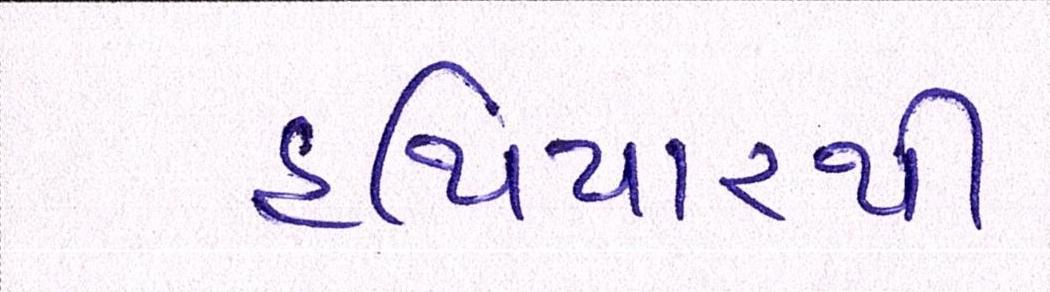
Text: હથિયારથી